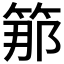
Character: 𥭵